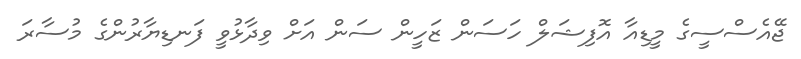
ޖޭއެސްސީގެ މީޑިއާ އޮފިޝަލް ހަސަން ޒަހީން ސަން އަށް ވިދާޅުވީ ފަނޑިޔާރުންގެ މުސާރަ